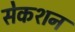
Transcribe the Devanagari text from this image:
सेकशन